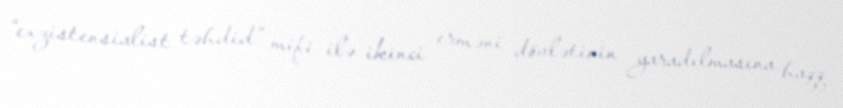
“exzistensialist təhdid” mifi ilə ikinci erməni dövlətinin yaradılmasına haqq